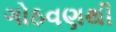
ગોઠવણથી